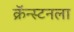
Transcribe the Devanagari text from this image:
क्रॅन्स्टनला